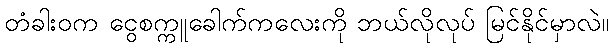
တံခါးဝက ငွေစက္ကူခေါက်ကလေးကို ဘယ်လိုလုပ် မြင်နိုင်မှာလဲ။